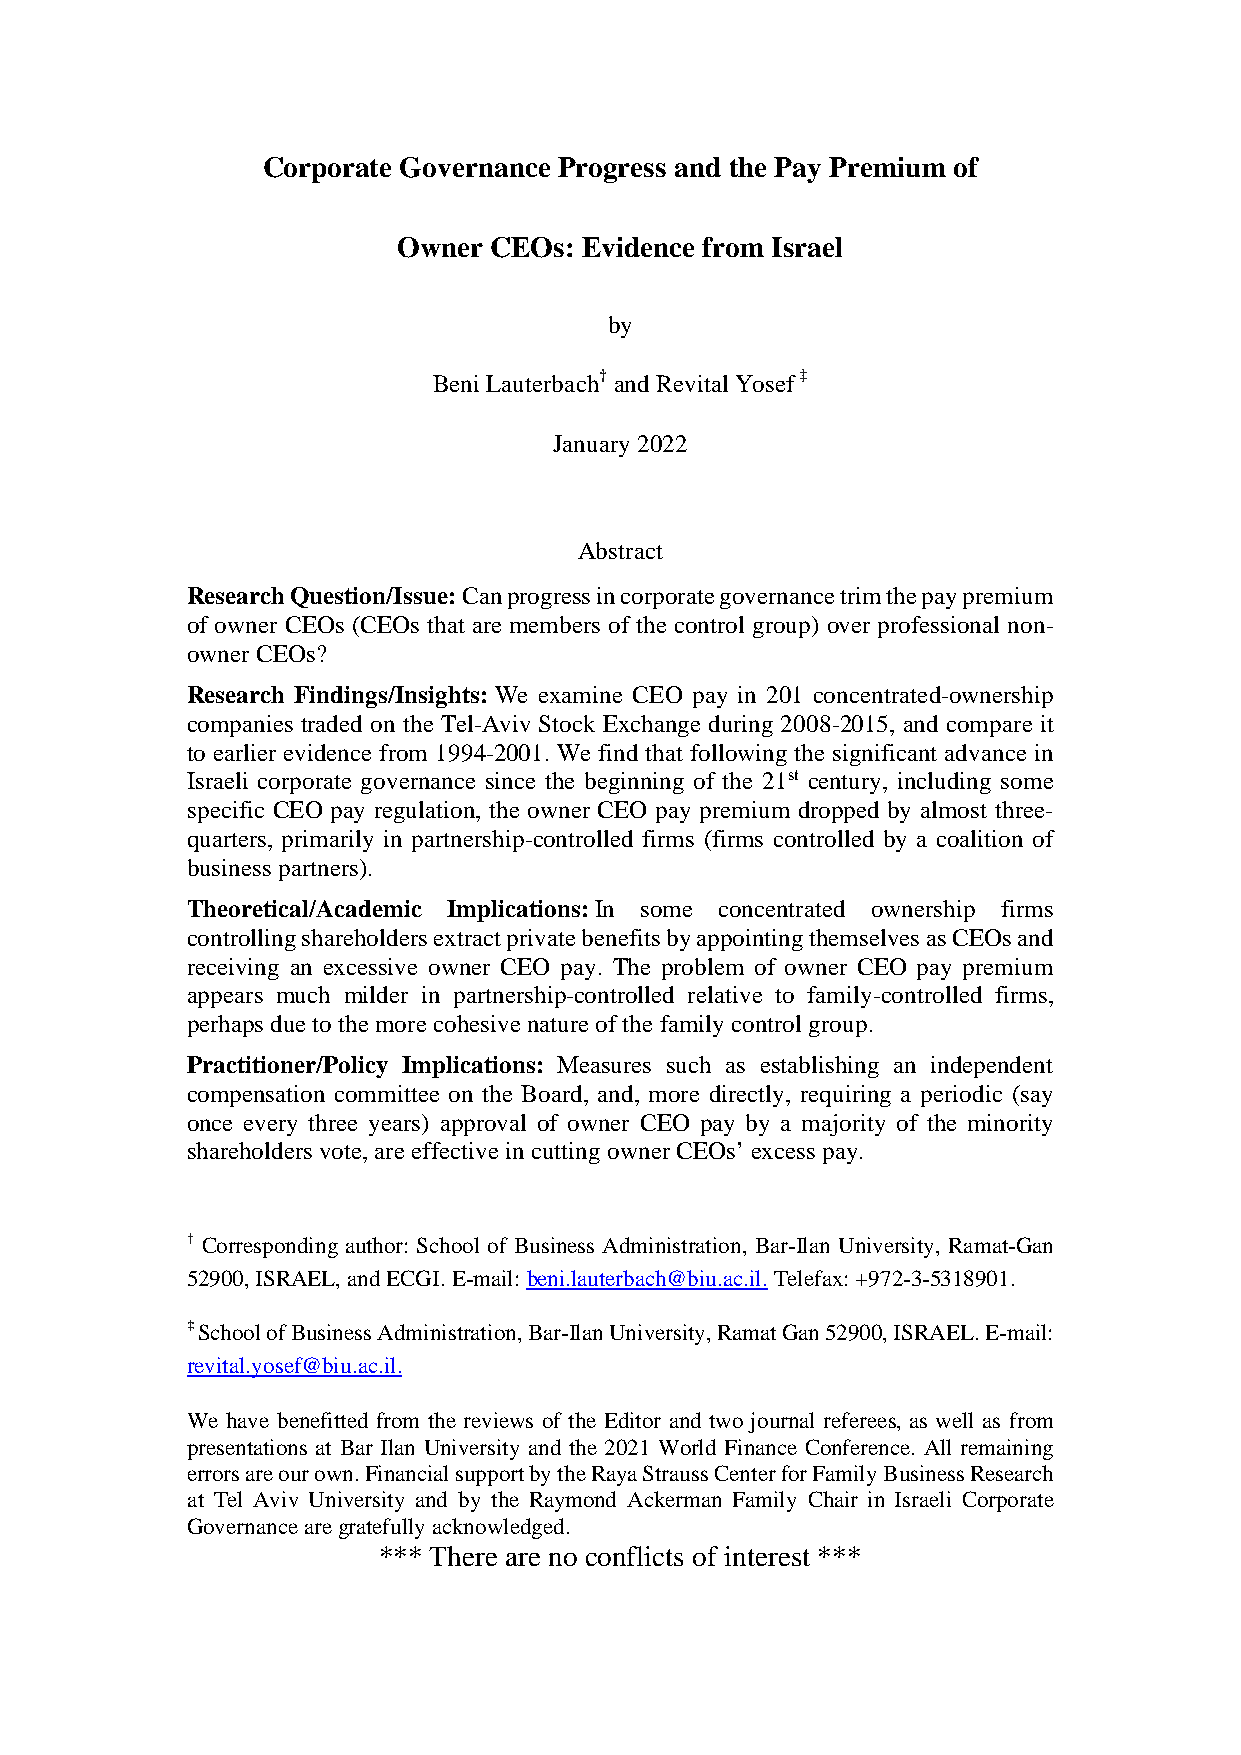
Corporate Governance Progress and the Pay Premium of
 Owner CEOs:  Evidence from Israel
 by
 Beni Lauterbach† and Revital Yosef ‡
 January 2022
 Abstract
 Research Question/Issue: Can progress in corporate governance trim the pay premium
 of owner CEOs (CEOs that are members of the control group) over professional non-
 owner CEOs?
 Research Findings/Insights: We examine CEO pay in 201 concentrated-ownership
 companies traded on the Tel-Aviv Stock Exchange during 2008-2015, and compare it
 to earlier evidence from 1994-2001. We find that following the significant advance in
 Israeli corporate governance since the beginning of the 21st century, including some
 specific CEO pay regulation, the owner CEO pay premium dropped by almost three-
 quarters, primarily in partnership-controlled firms (firms controlled by a coalition of
 business partners).
 Theoretical/Academic Implications: In some concentrated ownership firms
 controlling shareholders extract private benefits by appointing themselves as CEOs and
 receiving an excessive owner CEO pay. The problem of owner CEO pay premium
 appears much milder in partnership-controlled relative to family-controlled firms,
 perhaps due to the more cohesive nature of the family control group.
 Practitioner/Policy Implications: Measures such as establishing an independent
 compensation committee on the Board, and, more directly, requiring a periodic (say
 once every three years) approval of owner CEO pay by a majority of the minority
 shareholders vote, are effective in cutting owner CEOs’ excess pay.
 † Corresponding author: School of Business Administration, Bar-Ilan University, Ramat-Gan
 52900, ISRAEL, and ECGI. E-mail: beni.lauterbach@biu.ac.il. Telefax: +972-3-5318901.
 ‡ School of Business Administration, Bar-Ilan University, Ramat Gan 52900, ISRAEL. E-mail:
 revital.yosef@biu.ac.il.
 We have benefitted from the reviews of the Editor and two journal referees, as well as from
 presentations at Bar Ilan University and the 2021 World Finance Conference. All remaining
 errors are our own. Financial support by the Raya Strauss Center for Family Business Research
 at Tel Aviv University and by the Raymond Ackerman Family Chair in Israeli Corporate
 Governance are gratefully acknowledged.
 *** There are no conflicts of interest ***